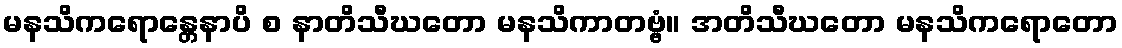
မနသိကရောန္တေနာပိ စ နာတိသီဃတော မနသိကာတဗ္ဗံ။ အတိသီဃတော မနသိကရောတော